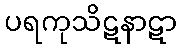
ပရကုသိဋနာဋာ